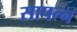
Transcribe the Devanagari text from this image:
सापत्न